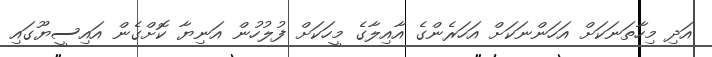
އަދި މިހާތަނަކަށް އަހަންނަކަށް އަހަރެންގެ އާއިލާގެ މީހަކަށް ފުލުހުން އަނިޔާ ކޮށްގެން އައިސީޔޫގައި